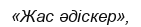
«Жас әдіскер»,